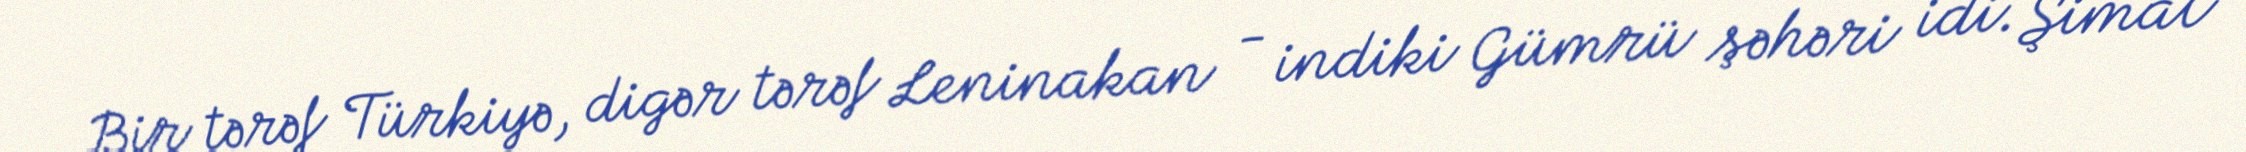
Bir tərəf Türkiyə, digər tərəf Leninakan - indiki Gümrü şəhəri idi. Şimal